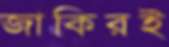
জাকিরই